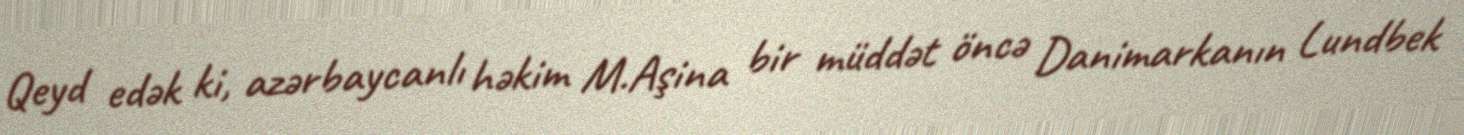
Qeyd edək ki, azərbaycanlı həkim M.Aşina bir müddət öncə Danimarkanın Lundbek